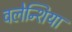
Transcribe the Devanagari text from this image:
वलेन्शिया